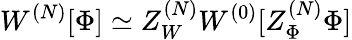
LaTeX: W^{(N)}[\Phi]\simeq Z_{W}^{(N)}W^{(0)}[Z_{\Phi}^{(N)}\Phi]